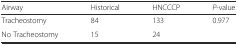
| Airway | Historical | HNCCCP | P-value |
 | --- | --- | --- | --- |
 | Tracheostomy | 84 | 133 | <ROWSPAN=2> 0.977 |
 | No Tracheostomy | 15 | 24 |